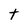
Character: t